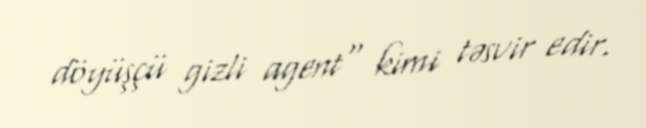
döyüşçü gizli agent" kimi təsvir edir.